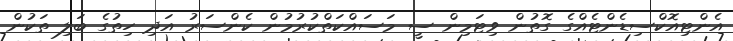
އެންޓިއޮކްސިޑެންޓެއްގެ ގޮތުން ވިޓަމިން ސީ މަސައްކަތްކުރުމުން ކެންސަރު އަދި ހިތުގެ ބަލި ތަކުން